Indian journal of veterinary science and animal husbandry - Volume 9,
Year: 1939
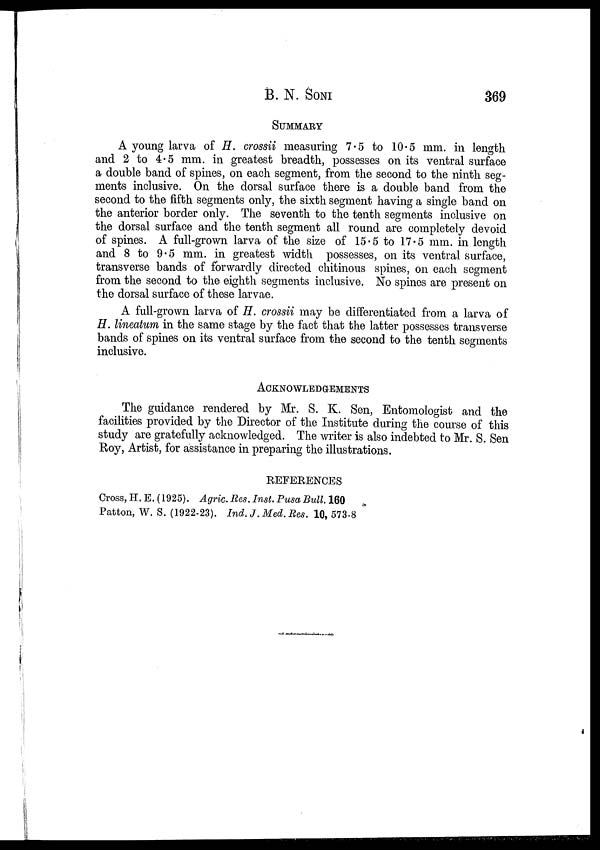
B. N.
SONI
369
SUMMARY
A young larva of H. crossii measuring 7.5 to 10.5 mm. in length
and 2 to 4.5 mm. in greatest breadth, possesses on its ventral surface
a double band of spines, on each segment, from the second to the ninth seg-
ments inclusive. On the dorsal surface there is a double band from the
second to the fifth segments only, the sixth segment having a single band on
the anterior border only. The seventh to the tenth segments inclusive on
the dorsal surface and the tenth segment all round are completely devoid
of spines. A full-grown larva of the size of 15.5 to 17.5 mm. in length
and 8 to 9.5 mm. in greatest width possesses, on its ventral surface,
transverse bands of forwardly directed chitinous spines, on each segment
from the second to the eighth segments inclusive. No spines are present on
the dorsal surface of these larvae.
A full-grown larva of H. crossii may be differentiated from a larva of
H. lineatum in the same stage by the fact that the latter possesses transverse
bands of spines on its ventral surface from the second to the tenth segments
inclusive.
ACKNOWLEDGEMENTS
The guidance rendered by Mr. S. K. Sen, Entomologist and the
facilities provided by the Director of the Institute during the course of this
study are gratefully acknowledged. The writer is also indebted to Mr. S. Sen
Roy, Artist, for assistance in preparing the illustrations.
REFERENCES
Cross, H. E. (1925). Agric. Res. Inst. Pusa Bull. 160
Patton, W. S. (1922-23). Ind. J. Med. Res. 10, 573-8